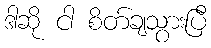
ဒါဆို ငါ စိတ်ချသွားပြီ